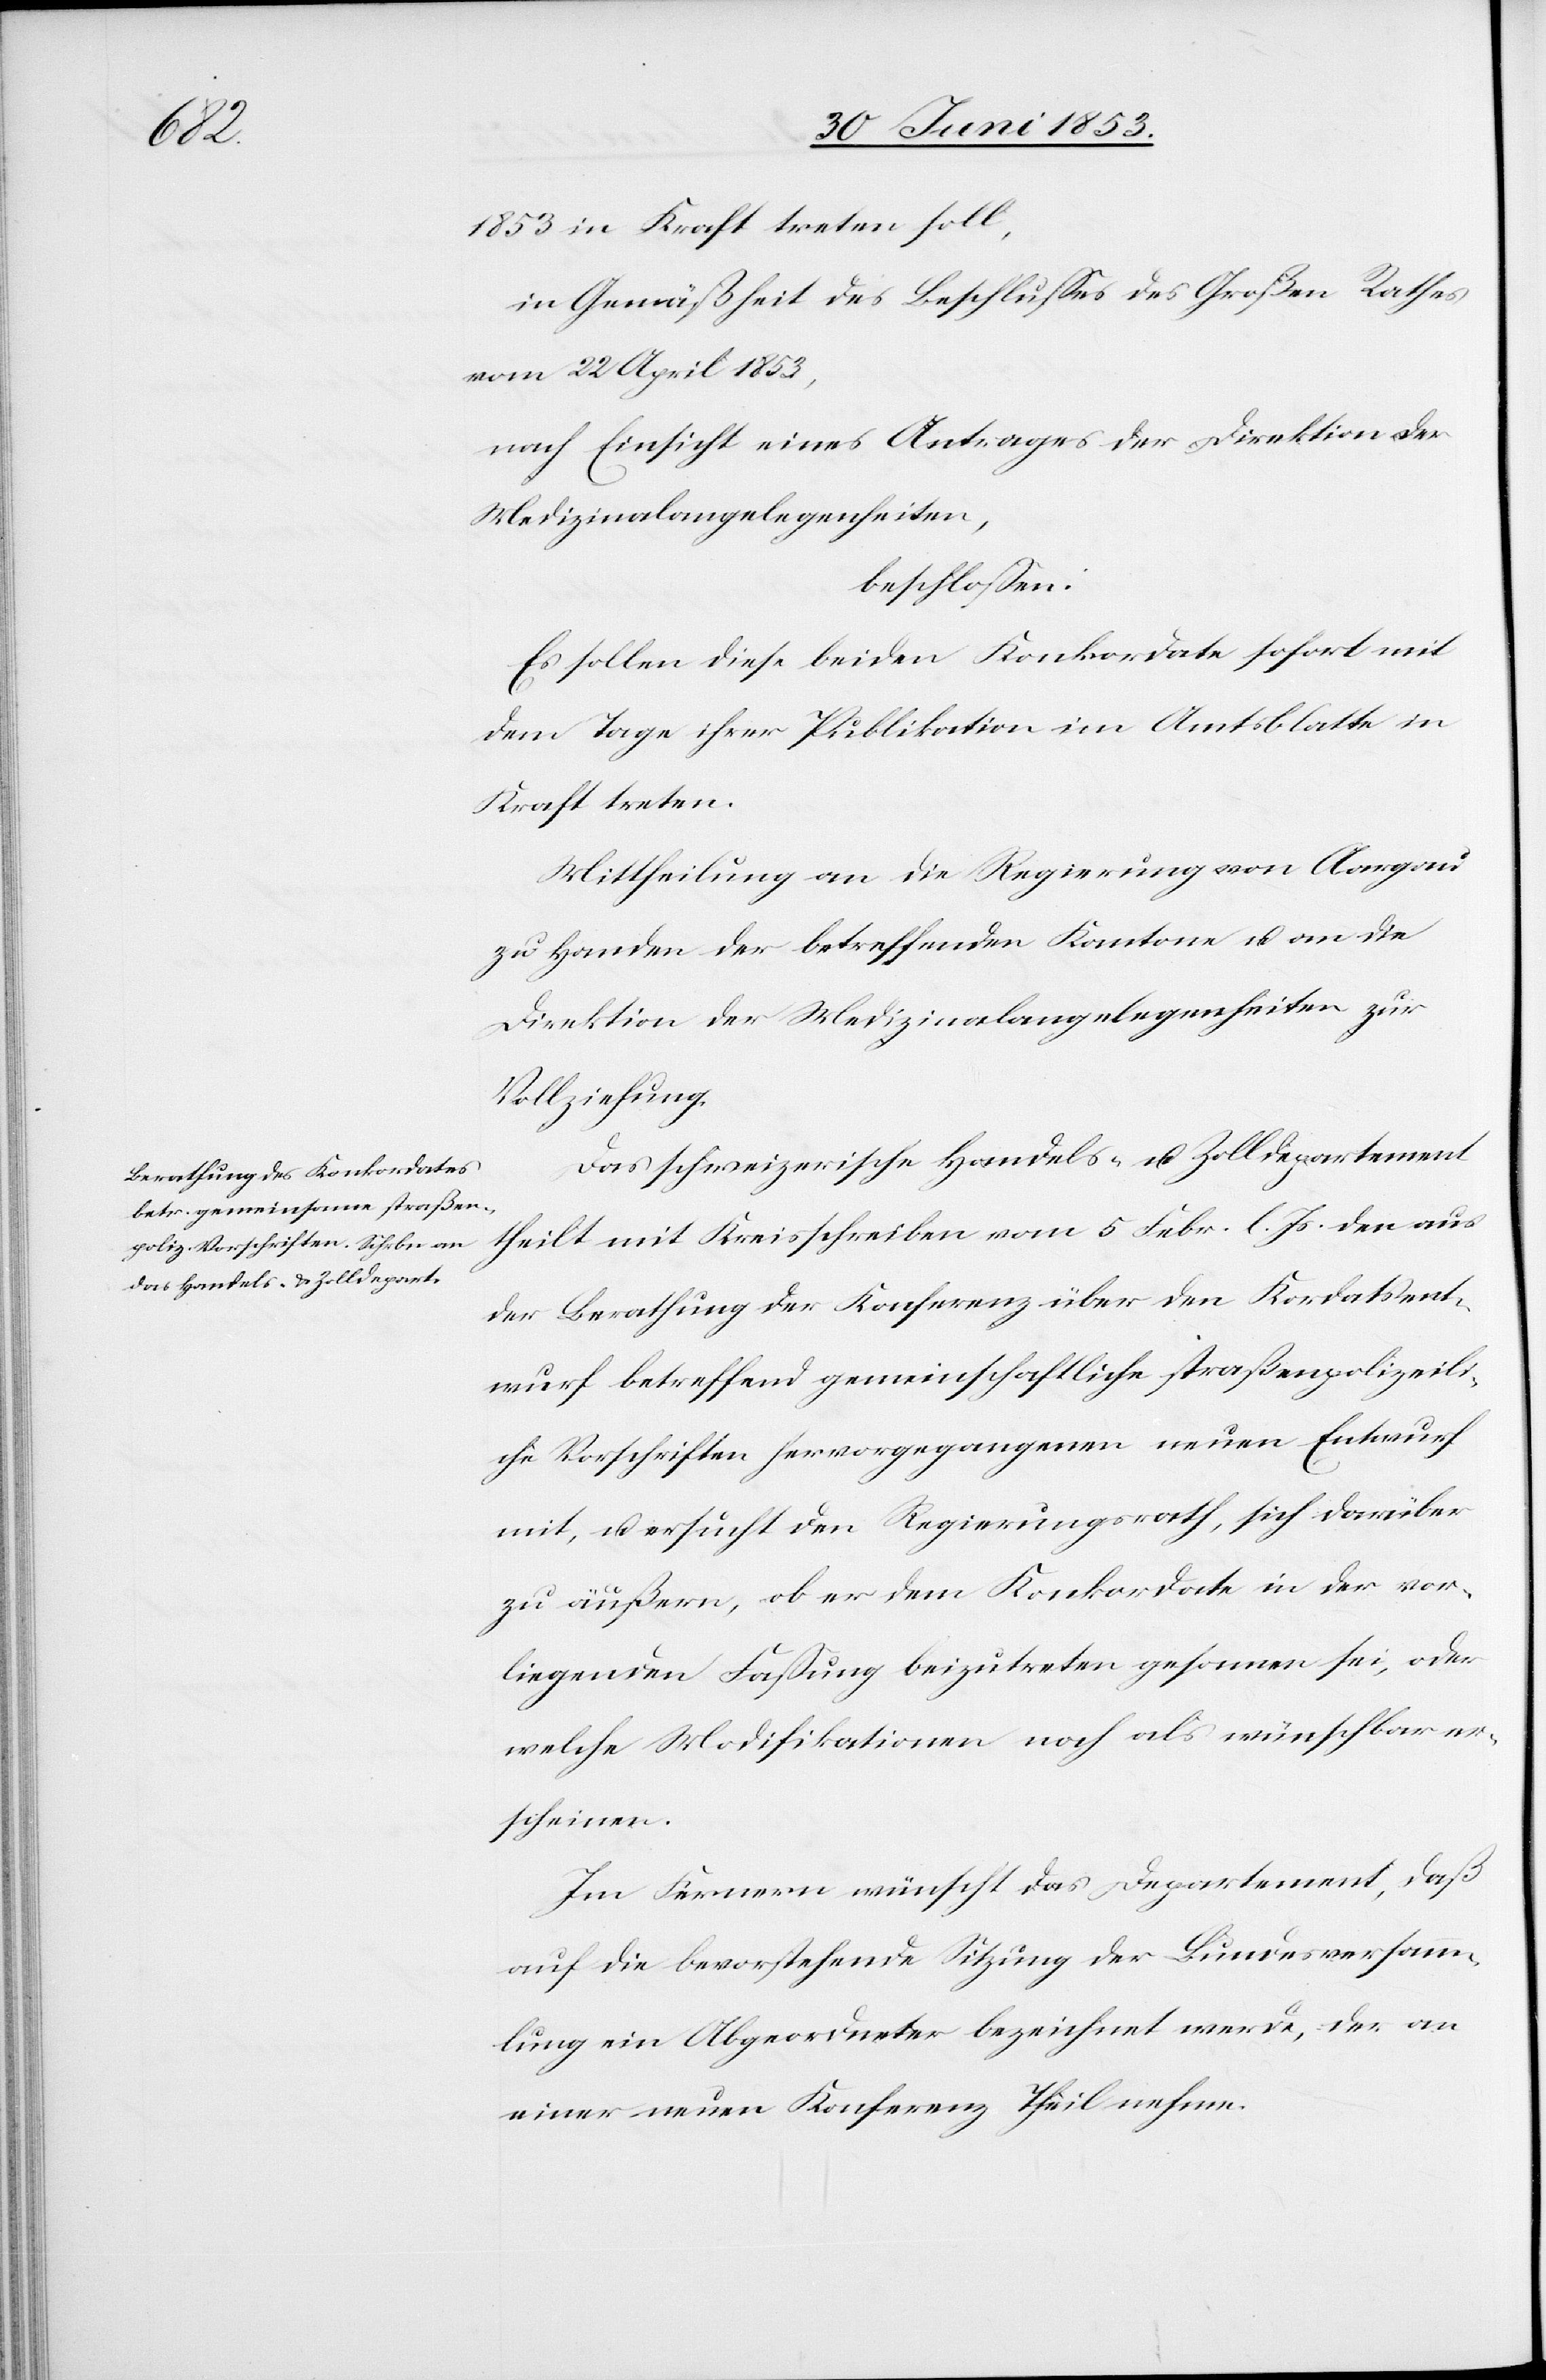
[si¬

1853 in Kraft treten soll,
in Gemäßheit des Beschlußes des Großen Rathes
vom 22 April 1853,
nach Einsicht eines Antrages der Direktion der
Medizinalangelegenheiten,
beschloßen:
Es sollen diese beiden Konkordate sofort mit
dem Tage ihrer Publikation im Amtsblatte in
Kraft treten.
Mittheilung an die Regierung von Aargau
zu Handen der betreffenden Kantone u. an die
Direktion der Medizinalangelegenheiten zur
Vollziehung.
Das schweizerische Handels- u. Zolldepartement
theilt mit Kreisschreiben vom 5 Febr. l. Js. den aus
der Berathung der Konferenz über den Kordatsent¬
c!] betreffend gemeinschaftliche straßenpolizeili¬
che Vorschriften hervorgegangenen neuen Entwurf
mit, u. ersucht den Regierungsrath, sich darüber
zu äußern, ob er dem Konkordate in der vor¬
liegenden Faßung beizutreten gesonnen sei, oder
welche Modifikationen noch als wünschbar er¬
scheinen.
Im Fernern wünscht das Departement, daß
auf die bevorstehende Sitzung der Bundesversamm¬
lung ein Abgeordneter bezeichnet werde, der an
einer neuen Konferenz Theil nehme.